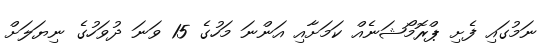
ނަމުގައި ފެށި ޕްރޮމޯޝަނެއް ކަަމަށާއި އަންނަ މަހުގެ 15 ވަނަ ދުވަހުގެ ނިޔަލަށް